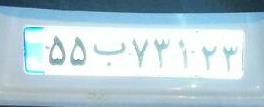
۵۵ب۷۳۱۲۳